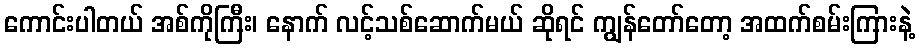
ကောင်းပါတယ် အစ်ကိုကြီး၊ နောက် လင့်သစ်ဆောက်မယ် ဆိုရင် ကျွန်တော်တော့ အထက်စမ်းကြားနဲ့